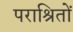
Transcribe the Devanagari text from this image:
पराश्रितों